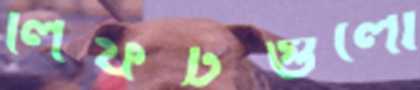
লিফটগুলো